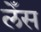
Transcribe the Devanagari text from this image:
लेँस